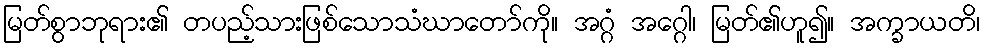
မြတ်စွာဘုရား၏ တပည့်သားဖြစ်သောသံဃာတော်ကို။ အဂ္ဂံ အဂ္ဂေါ၊ မြတ်၏ဟူ၍။ အက္ခာယတိ၊